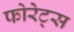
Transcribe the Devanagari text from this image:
फोरेट्स